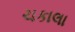
ચકાલા